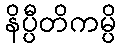
နိပ္ပီတိကမ္ပိ